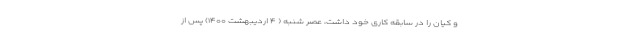
و کیان را در سابقه کاری خود داشت، عصر شنبه ( ۴ اردیبهشت ۱۴۰۰) پس از